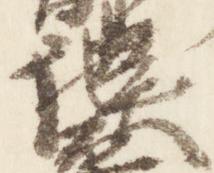
淡